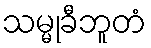
သမ္မုခီဘူတံ